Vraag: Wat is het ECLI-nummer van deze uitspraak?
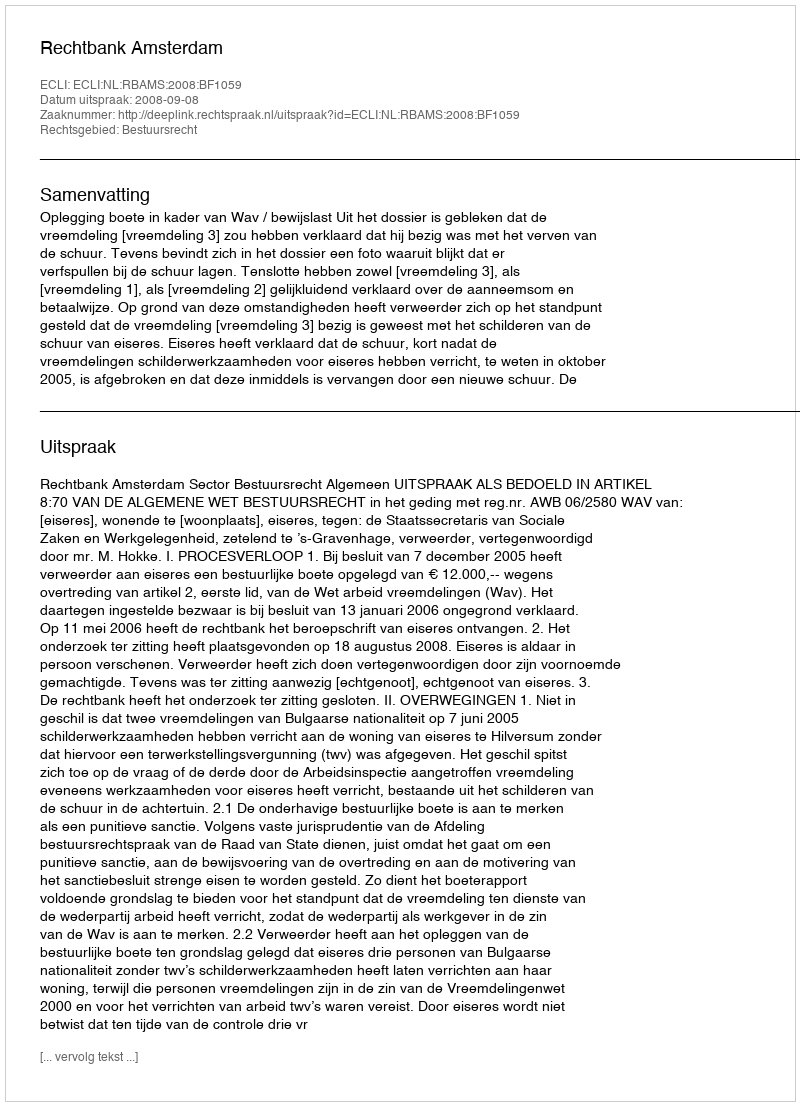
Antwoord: ECLI:NL:RBAMS:2008:BF1059